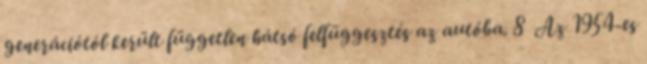
generációtól került független hátsó felfüggesztés az autóba. 8 Az 1954-es